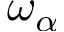
\omega _ { \alpha }